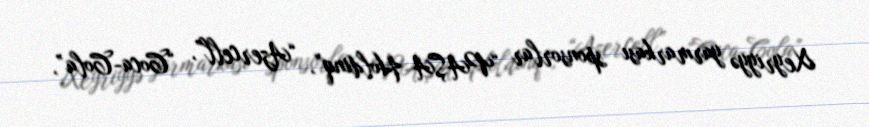
Xeyriyyə yarmarkası sponsorlar “PAŞA Holdinq”, “Azercell”, “Coca-Cola”,